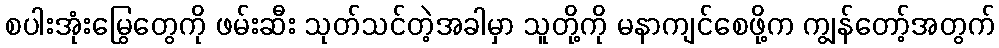
စပါးအုံးမြွေတွေကို ဖမ်းဆီး သုတ်သင်တဲ့အခါမှာ သူတို့ကို မနာကျင်စေဖို့က ကျွန်တော့်အတွက်